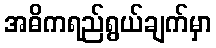
အဓိကရည်ရွယ်ချက်မှာ